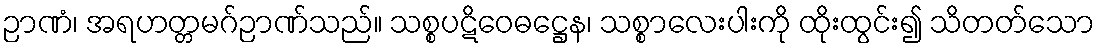
ဉာဏံ၊ အရဟတ္တမဂ်ဉာဏ်သည်။ သစ္စပဋိဝေဓဋ္ဌေန၊ သစ္စာလေးပါးကို ထိုးထွင်း၍ သိတတ်သော